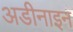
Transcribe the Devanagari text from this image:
अडीनाइन